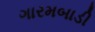
ગારમબાડી